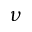
\nu